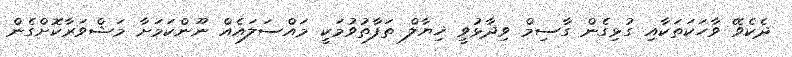
ދެކެވޭ ވާހަކަތަކާއި ގުޅިގެން ގާސިމް ވިދާޅުވީ ޚިޔާލް ތަފާތުވުމަކީ މައްސަލައެއް ނޫންކަމަށާ މަޝްވަރާކޮށްގެން